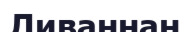
Ливаннан